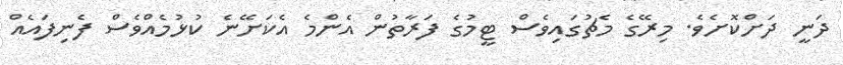
ދަނީ ދަށްކޮށެވެ. މިރޭގެ މެޗުގައިވެސް ޓީމުގެ ފަރާތުން އެންމެ އެކަށޭނެ ކުޅުމެއްވެސް ފެނިފައެއް